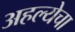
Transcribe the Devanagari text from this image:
अहल्येचा